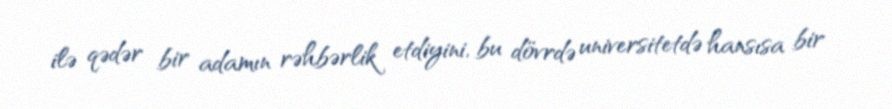
ilə qədər bir adamın rəhbərlik etdiyini, bu dövrdə universitetdə hansısa bir